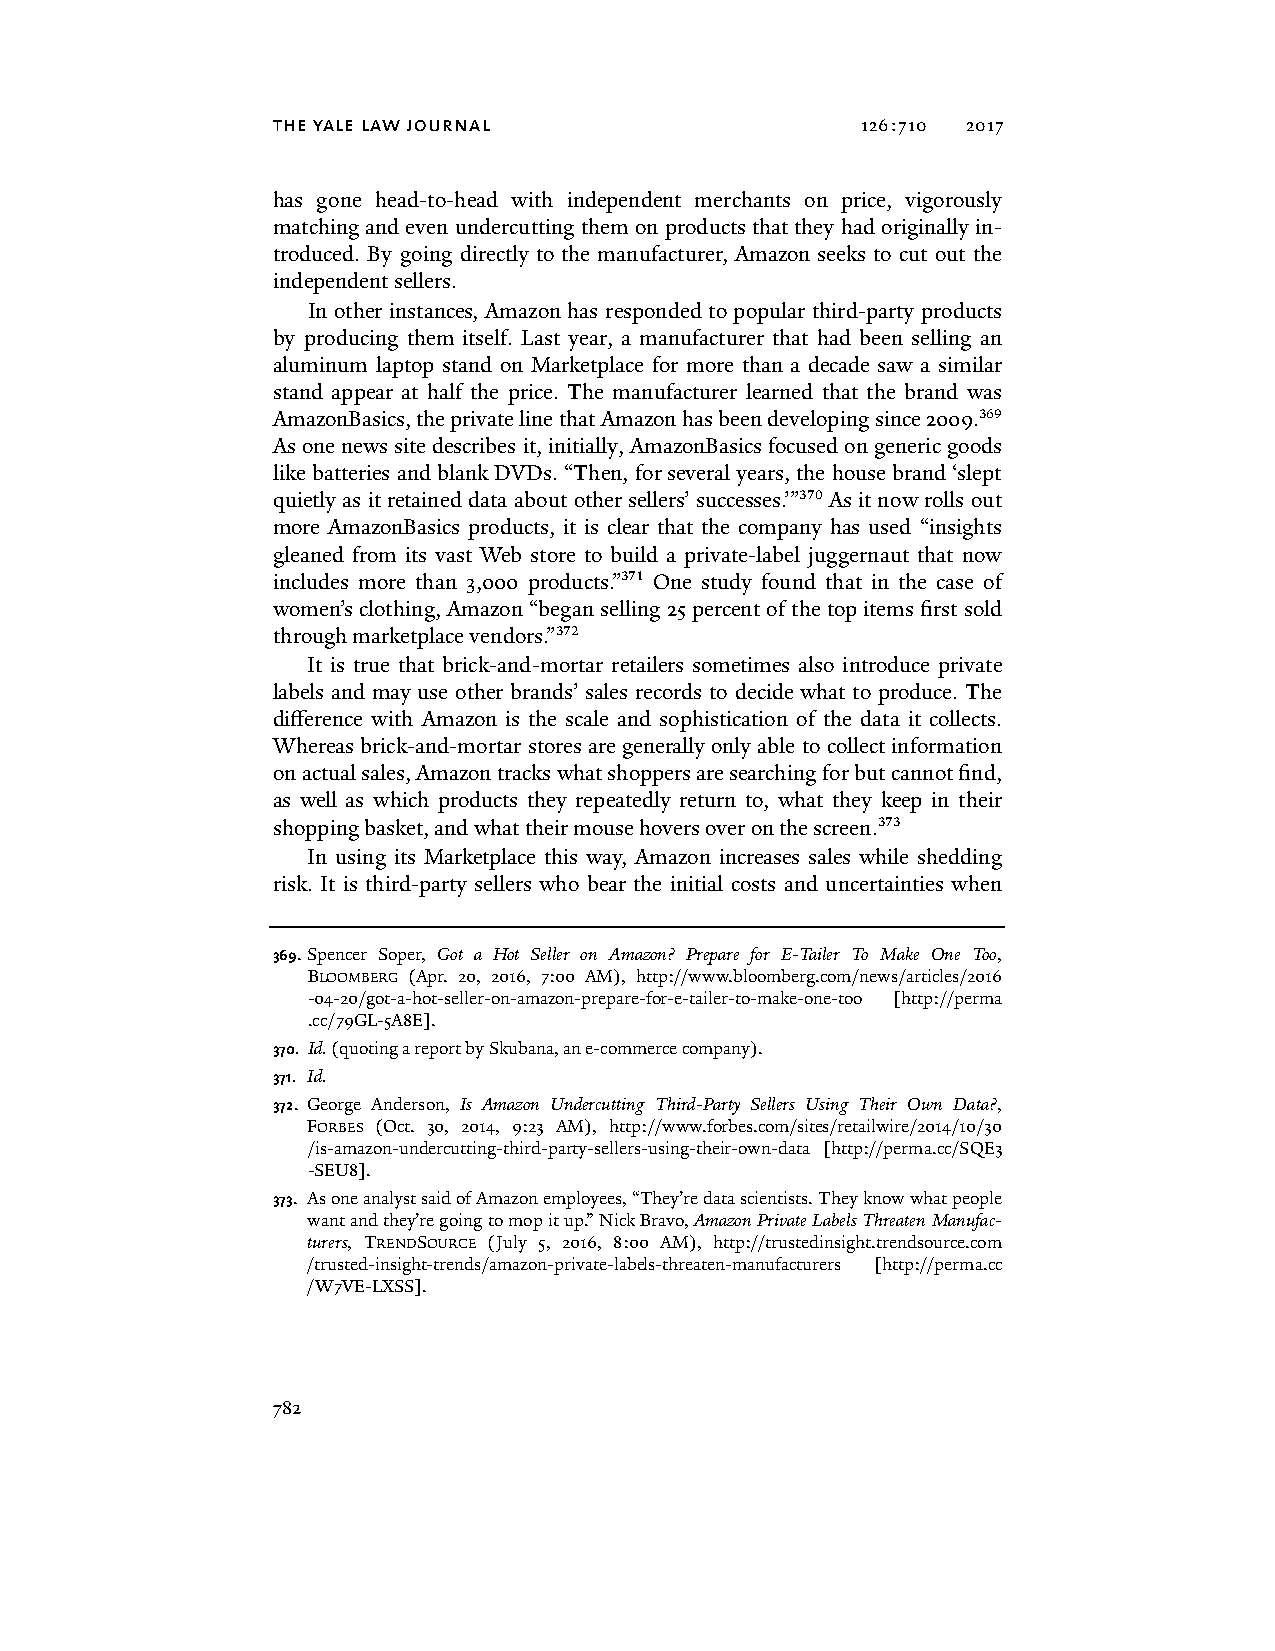
the yale law journal                   126:710 2017
 has gone head-to-head with independent merchants on price, vigorously
 matching and even undercutting them on products that they had originally in-
 troduced. By going directly to the manufacturer, Amazon seeks to cut out the
 independent sellers.
 In other instances, Amazon has responded to popular third-party products
 by producing them itself. Last year, a manufacturer that had been selling an
 aluminum laptop stand on Marketplace for more than a decade saw a similar
 stand appear at half the price. The manufacturer learned that the brand was
 AmazonBasics, the private line that Amazon has been developing since 2009.369
 As one news site describes it, initially, AmazonBasics focused on generic goods
 like batteries and blank DVDs. “Then, for several years, the house brand ‘slept
 quietly as it retained data about other sellers’ successes.’”370 As it now rolls out
 more AmazonBasics products, it is clear that the company has used “insights
 gleaned from its vast Web store to build a private-label juggernaut that now
 includes more than 3,000 products.”371 One study found that in the case of
 women’s clothing, Amazon “began selling 25 percent of the top items first sold
 through marketplace vendors.”372
 It is true that brick-and-mortar retailers sometimes also introduce private
 labels and may use other brands’ sales records to decide what to produce. The
 difference with Amazon is the scale and sophistication of the data it collects.
 Whereas brick-and-mortar stores are generally only able to collect information
 on actual sales, Amazon tracks what shoppers are searching for but cannot find,
 as well as which products they repeatedly return to, what they keep in their
 shopping basket, and what their mouse hovers over on the screen.373
 In using its Marketplace this way, Amazon increases sales while shedding
 risk. It is third-party sellers who bear the initial costs and uncertainties when
 369. Spencer Soper, Got a Hot Seller on Amazon? Prepare for E-Tailer To Make One Too,
 BLOOMBERG (Apr. 20, 2016, 7:00 AM), http://www.bloomberg.com/news/articles/2016
 -04-20/got-a-hot-seller-on-amazon-prepare-for-e-tailer-to-make-one-too [http://perma
 .cc/79GL-5A8E].
 370. Id. (quoting a report by Skubana, an e-commerce company).
 371. Id.
 372. George Anderson, Is Amazon Undercutting Third-Party Sellers Using Their Own Data?,
 FORBES (Oct. 30, 2014, 9:23 AM), http://www.forbes.com/sites/retailwire/2014/10/30
 /is-amazon-undercutting-third-party-sellers-using-their-own-data [http://perma.cc/SQE3
 -SEU8].
 373. As one analyst said of Amazon employees, “They’re data scientists. They know what people
 want and they’re going to mop it up.” Nick Bravo, Amazon Private Labels Threaten Manufac-
 turers, TRENDSOURCE (July 5, 2016, 8:00 AM), http://trustedinsight.trendsource.com
 /trusted-insight-trends/amazon-private-labels-threaten-manufacturers [http://perma.cc
 /W7VE-LXSS].
 782